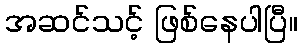
အဆင်သင့် ဖြစ်နေပါပြီ။